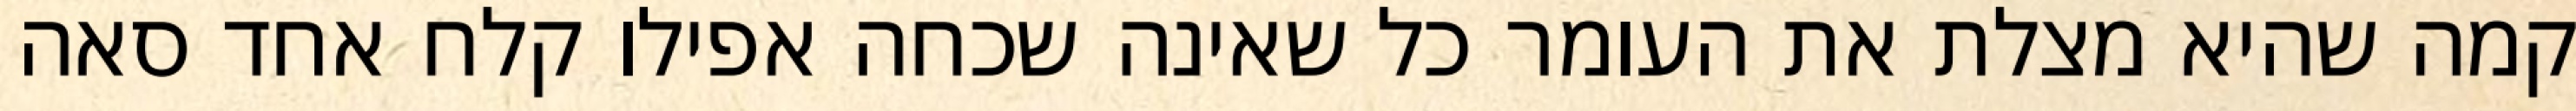
קמה שהיא מצלת את העומר כל שאינה שכחה אפילו קלח אחד סאה